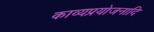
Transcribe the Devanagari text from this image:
काव्यप्रयोजनादि